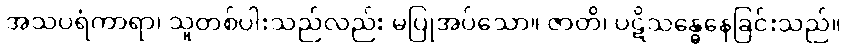
အသပရံကာရာ၊ သူတစ်ပါးသည်လည်း မပြုအပ်သော။ ဇာတိ၊ ပဋိသန္ဓေနေခြင်းသည်။